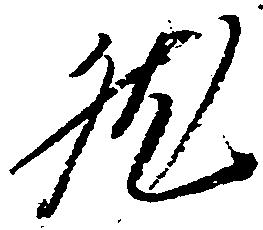
然